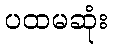
ပထမဆုံး